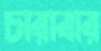
চারাবার